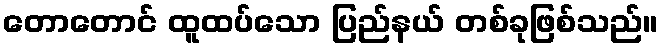
တောတောင် ထူထပ်သော ပြည်နယ် တစ်ခုဖြစ်သည်။